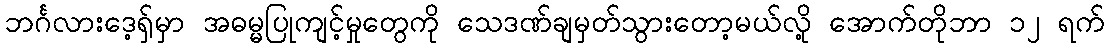
ဘင်္ဂလားဒေ့ရှ်မှာ အဓမ္မပြုကျင့်မှုတွေကို သေဒဏ်ချမှတ်သွားတော့မယ်လို့ အောက်တိုဘာ ၁၂ ရက်